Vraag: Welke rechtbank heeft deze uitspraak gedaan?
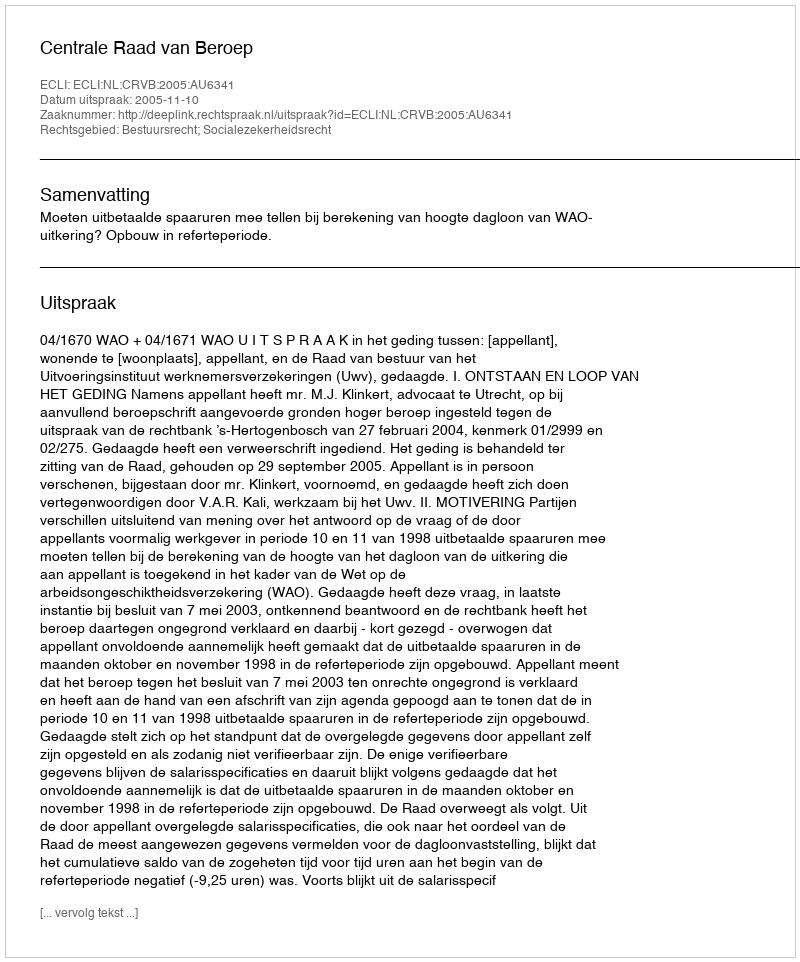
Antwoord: Centrale Raad van Beroep